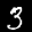
Label: 3